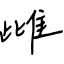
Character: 雌